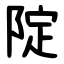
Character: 䧑